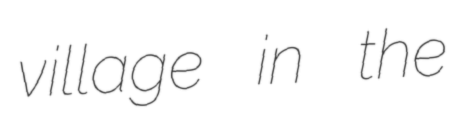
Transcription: village in the